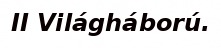
II Világháború.